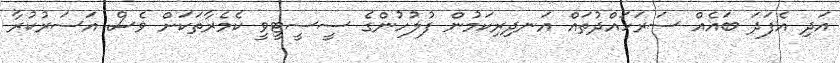
އަދި އެފަދަ ބައެއް ސަރަހައްދުތައް އަނދިރިކަމުން ފުލުހުންގެ ސީސީޓީވީ ކެމެރާތަކަށް ވެސް އަސަރުކުރާ